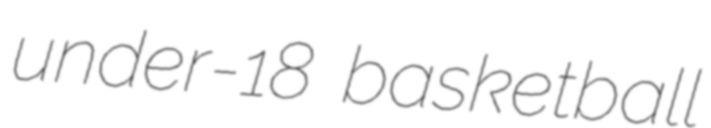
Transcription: under-18 basketball